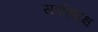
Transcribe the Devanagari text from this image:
सर्वाध्यक्ष